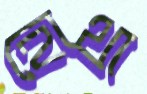
হোথা